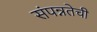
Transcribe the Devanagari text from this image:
संपन्नतेची